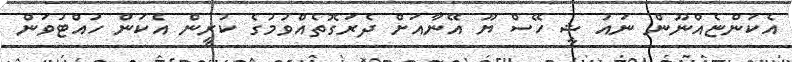
އެކަންޏެއްނޫން ނައު ޝީ ހޭސް ޔޫ އޭނާއަށް ދެރަގޮތެއްވުމުގެ ކުރީން އެކަން ހުއްޓުވަން